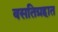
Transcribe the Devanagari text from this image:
वसतिग्रहात